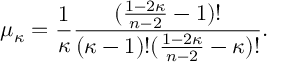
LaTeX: \mu _ { \kappa } = \frac { 1 } { \kappa } \frac { ( \frac { 1 - 2 \kappa } { n - 2 } - 1 ) ! } { ( \kappa - 1 ) ! ( \frac { 1 - 2 \kappa } { n - 2 } - \kappa ) ! } .